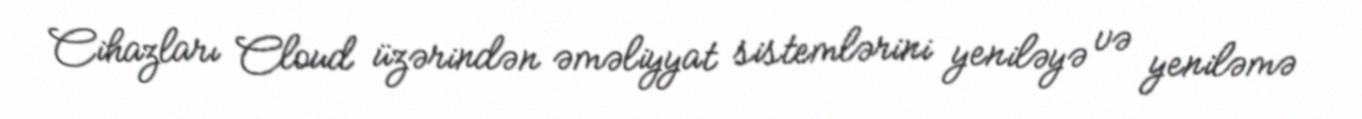
Cihazları Cloud üzərindən əməliyyat sistemlərini yeniləyə və yeniləmə